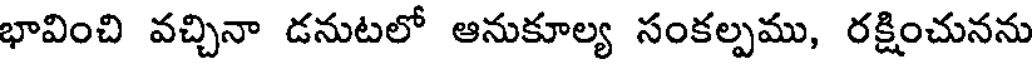
భావించి వచ్చినా డనుటలో ఆనుకూల్య సంకల్పము, రక్షించునను